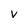
Character: v